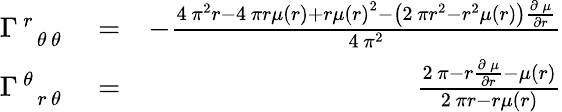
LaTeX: \begin{array}{rlr}{\Gamma_{\phantom{\, r}\, {\theta}\, {\theta}}^{\, r\phantom{\, {\theta}}\phantom{\, {\theta}}}}&{{}=}&{-\frac{4\, \pi^{2}r-4\, \pi r\mu\left(r\right)+r\mu\left(r\right)^{2}-{\left(2\, \pi r^{2}-r^{2}\mu\left(r\right)\right)}\frac{\partial\, \mu}{\partial r}}{4\, \pi^{2}}}\\ {\Gamma_{\phantom{\, {\theta}}\, r\, {\theta}}^{\, {\theta}\phantom{\, r}\phantom{\, {\theta}}}}&{{}=}&{\frac{2\, \pi-r\frac{\partial\, \mu}{\partial r}-\mu\left(r\right)}{2\, \pi r-r\mu\left(r\right)}}\end{array}